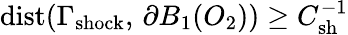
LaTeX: \mathrm{dist}(\Gamma_{\mathrm{shock}},\, \partial B_{1}(O_{2}))\geq C_{\mathrm{sh}}^{-1}